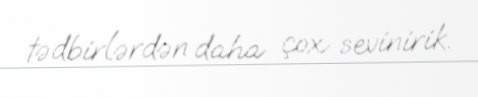
tədbirlərdən daha çox sevinirik.